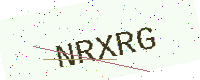
Text: NRXRG